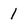
Character: 1